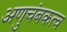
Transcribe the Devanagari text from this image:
अणुचंबकत्व